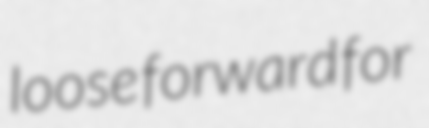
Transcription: loose forward for